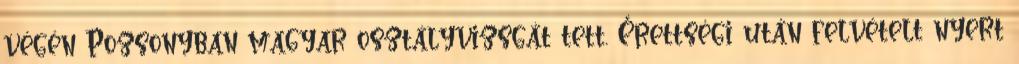
végén Pozsonyban magyar osztályvizsgát tett. Érettségi után felvételt nyert